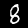
Digit: 8